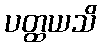
ပတ္ထယသိ